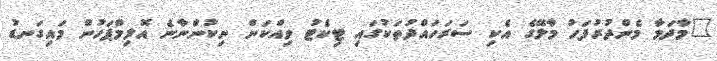
"މާދަމާ މެންދުރުފަހު މާލޭގެ އެކި ސަރަހައްދުތަކުގައި ޓިކެޓު ވިއްކަން ނިކުންނާނެ އޮލިމްޕަހުން މައިގަނޑު